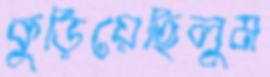
কুড়িয়েছিলুম